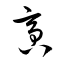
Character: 啻